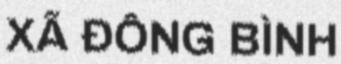
XÃ ĐÔNG BÌNH